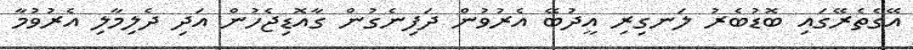
އޭގެތެރޭގައި ބޮޑުބެރު ލަނގިރި އީދުބޭ އެރުވުން ދަފިނެގުން ގާއޮޑިޖެހުން އަދި ދެލިމާލި އެރުވުމާ